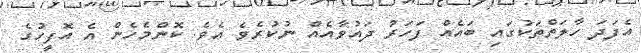
އެފަދަ ހާލަތްތަކުގައި ބައެއް ފަހަރު ދައުވާއެއް ނުކުރެވެ އެވެ. ކޮންމެހެން އެ އޮފީހުގެ